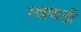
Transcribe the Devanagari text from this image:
रखवाड़ी